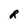
Character: R